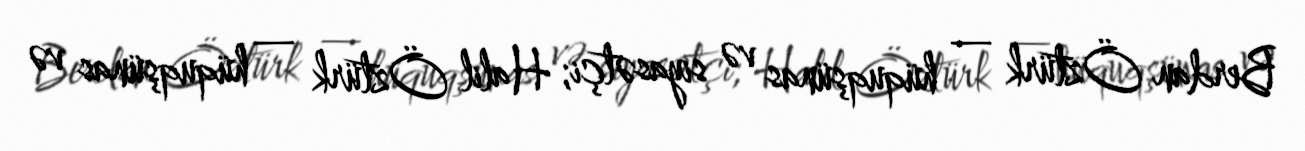
Berdan Öztürk — hüquqşünas və siyasətçi; Halil Öztürk — hüquqşünas və